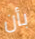
بأن